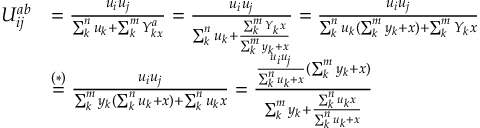
\begin{array} { r l } { U _ { i j } ^ { a b } } & { = \frac { u _ { i } { u _ { j } } } { \sum _ { k } ^ { n } u _ { k } + \sum _ { k } ^ { m } Y _ { k x } ^ { a } } = \frac { u _ { i } u _ { j } } { \sum _ { k } ^ { n } u _ { k } + \frac { \sum _ { k } ^ { m } Y _ { k } x } { \sum _ { k } ^ { m } y _ { k } + x } } = \frac { u _ { i } u _ { j } } { \sum _ { k } ^ { n } u _ { k } ( { \sum _ { k } ^ { m } y _ { k } + x } ) + \sum _ { k } ^ { m } Y _ { k } x } } \\ & { \stackrel { ( * ) } { = } \frac { u _ { i } u _ { j } } { \sum _ { k } ^ { m } y _ { k } ( { \sum _ { k } ^ { n } u _ { k } + x } ) + \sum _ { k } ^ { n } u _ { k } x } = \frac { \frac { u _ { i } u _ { j } } { \sum _ { k } ^ { n } u _ { k } + x } ( \sum _ { k } ^ { m } y _ { k } + x ) } { \sum _ { k } ^ { m } y _ { k } + \frac { \sum _ { k } ^ { n } u _ { k } x } { \sum _ { k } ^ { n } u _ { k } + x } } } \end{array}